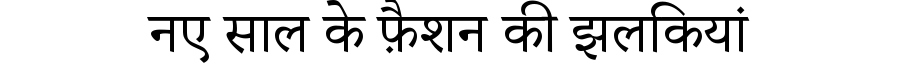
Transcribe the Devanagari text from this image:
नए साल के फ़ैशन की झलकियां